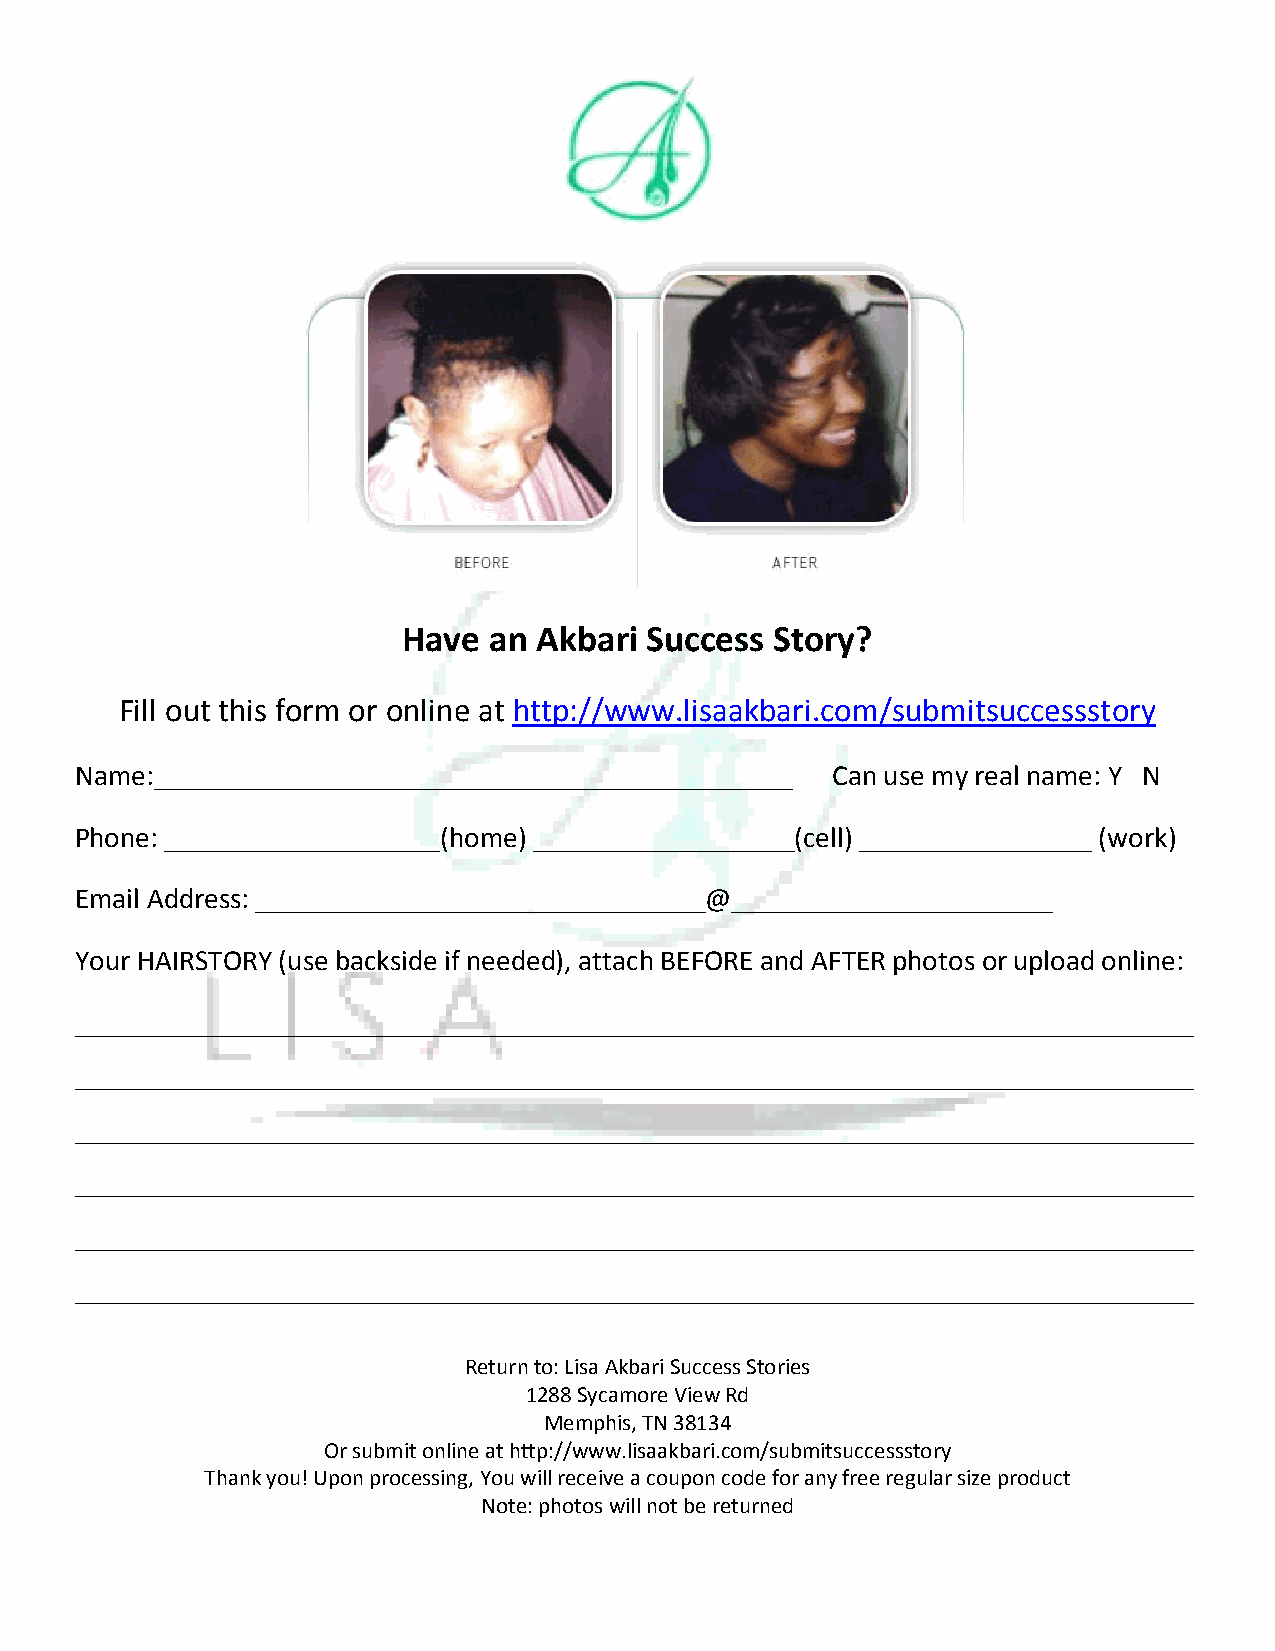
Have an  Akbari Success Story?
 Fill out this form or online at http://www.lisaakbari.com/submitsuccessstory
 Name:____________________________________________ Can use my real name: Y N
 Phone: ___________________(home) __________________(cell) ________________ (work)
 Email Address: _______________________________@______________________
 Your HAIRSTORY (use backside if needed), attach BEFORE and AFTER photos or upload online:
 _____________________________________________________________________________
 _____________________________________________________________________________
 _____________________________________________________________________________
 _____________________________________________________________________________
 _____________________________________________________________________________
 _____________________________________________________________________________
 Return to: Lisa Akbari Success Stories
 1288 Sycamore View Rd
 Memphis, TN 38134
 Or submit online at http://www.lisaakbari.com/submitsuccessstory
 Thank you! Upon processing, You will receive a coupon code for any free regular size product
 Note: photos will not be returned